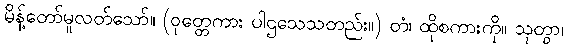
မိန့်တော်မူလတ်သော်။ (ဝုတ္တေကား ပါဌသေသတည်း။) တံ၊ ထိုစကားကို။ သုတွာ၊